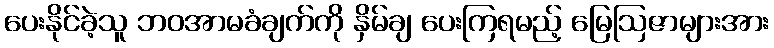
ပေးနိုင်ခဲ့သူ ဘဝအာမခံချက်ကို နှိမ်ချ ပေးကြရမည့် မြေဩဇာများအား